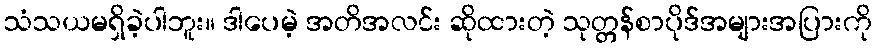
သံသယမရှိခဲ့ပါဘူး။ ဒါပေမဲ့ အတိအလင်း ဆိုထားတဲ့ သုတ္တန်စာပိုဒ်အများအပြားကို